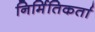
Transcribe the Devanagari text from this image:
निर्मितिकर्ता